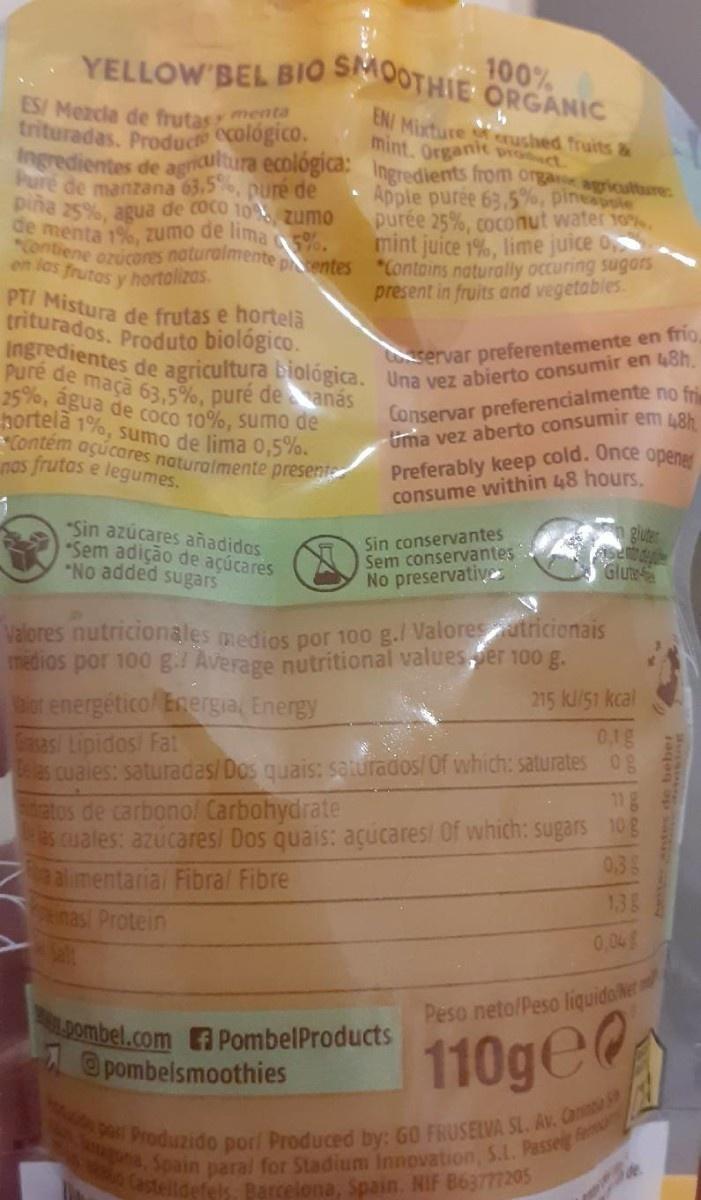
100% YELLOW'BEL BIO SMOOTHIE ORGANIC
ES/ Mezcla de frutasy menta trituradas. Producto ecologico. Ingredientes de agndura ecologica: Ingredients from onga agiculture Pure de manzana 63,5, puré de pina 25%, agua de coco 10 zumo de menta 1%, zumo de lima 5%. "Contiene ozucores naturalmente pentes *Contoins naturally occuring sugars
ENI Mixture mint. Organic Dro ct
rushed fruits &
Apple purée 63.5%, pinesoole purée 25%, coconut water 10%. mint juice 1%, lime juice o,
en las frutos v hortalizas.
present in fruits and vegetables.
PT/ Mistura de frutas e hortela triturados. Produto biológico.
Ingredientes de agricultura biológica. Una vez abierto consumir en 48h.
servar preferentemente en frio,
Puré de maçã 63,5%, puré deanás 25%, agua de coco 10%, sumo de hortela 1%, sumo de lima 0,5%. Contém açúcares naturalmente present nas frutas e legumes.
Conservar preferencialmente no fri Uma vez aberto consumir em LR Preferably keep cold. Once opener consume within 48 hourS.
"Sin azúcares añadidos Sem adição de açúcares *No added sugars
n gluter
Sin conservantes Sem conservantes No preservativ
Gluts
Valores nutricionales medios por 100 g./ Valoresutricionais medios por 100 g. Average nutritional values,ver 100 g.
lor energético/ Energia, Energy
215 kl/51 kcal
0,1g
Gasas/ Lipidos/ Fat as cuales: saturadas/Dos quais: saturados/ Of which: saturates og
11g
atos de carbono! Carbohydrate es cuales: azúcares/ Dos quais: açucares/ Of which: sugars 10g alimentarial Fibral Fibre
0.35
138
enas Protein
0,04g
110ge0 por Produzido pori Produced by: G0 FRUSELVA SL. Av. Cma
Peso neto/Peso liquidaer
pombel.com PombelProducts @pombelsmoothies
na, Spain paral for Stadium Innovation, S.L. Passeig fer estelldefels. Barcelona, Spain. NIF 863777205